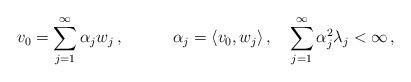
LaTeX: \begin{align*}v_0=\sum_{j=1}^{\infty}\alpha_{j}w_{j}\,,\qquad\quad\alpha_{j}=\langle v_0,w_j\rangle \,,\quad\sum_{j=1}^{\infty}\alpha_{j}^2\lambda_j<\infty\,,\end{align*}